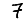
Digit: 7